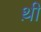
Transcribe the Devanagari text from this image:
थ़ी